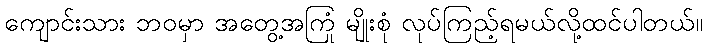
ကျောင်းသား ဘဝမှာ အတွေ့အကြုံ မျိုးစုံ လုပ်ကြည့်ရမယ်လို့ထင်ပါတယ်။